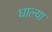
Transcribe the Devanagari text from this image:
घाल्या